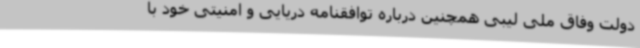
دولت وفاق ملی لیبی همچنین درباره توافقنامه دریایی و امنیتی خود با